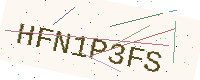
Text: HFN1P3FS